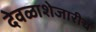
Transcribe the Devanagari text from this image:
देवळाशेजारीच